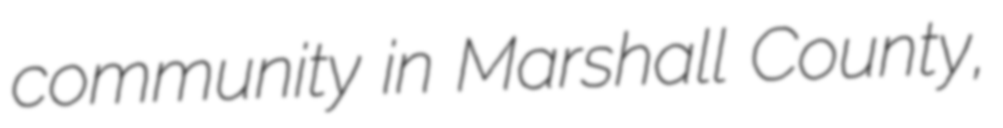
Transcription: community in Marshall County,